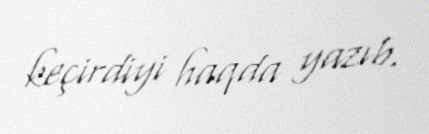
keçirdiyi haqda yazıb.